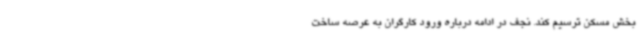
بخش مسکن ترسیم کند. نجف در ادامه درباره ورود کارگران به عرصه ساخت